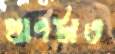
প্রাণটাও